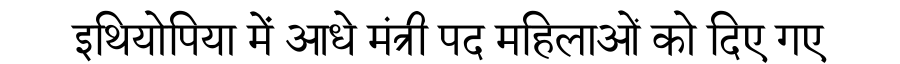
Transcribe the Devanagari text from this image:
इथियोपिया में आधे मंत्री पद महिलाओं को दिए गए